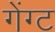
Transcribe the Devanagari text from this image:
गेंग्ट